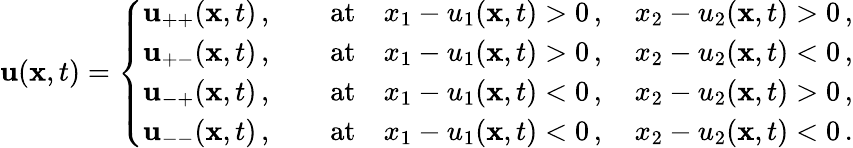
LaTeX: {\mathbf{u}}({\mathbf{x}},t)=\left\{ \begin{array}{c}{{\mathbf{u}}_{++}({\mathbf{x}},t)\, ,\qquad\mathrm{at}\quad x_{1}-u_{1}({\mathbf{x}},t)>0\, ,\quad x_{2}-u_{2}({\mathbf{x}},t)>0\, ,}\\ {{\mathbf{u}}_{+-}({\mathbf{x}},t)\, ,\qquad\mathrm{at}\quad x_{1}-u_{1}({\mathbf{x}},t)>0\, ,\quad x_{2}-u_{2}({\mathbf{x}},t)<0\, ,}\\ {{\mathbf{u}}_{-+}({\mathbf{x}},t)\, ,\qquad\mathrm{at}\quad x_{1}-u_{1}({\mathbf{x}},t)<0\, ,\quad x_{2}-u_{2}({\mathbf{x}},t)>0\, ,}\\ {{\mathbf{u}}_{--}({\mathbf{x}},t)\, ,\qquad\mathrm{at}\quad x_{1}-u_{1}({\mathbf{x}},t)<0\, ,\quad x_{2}-u_{2}({\mathbf{x}},t)<0\, .}\end{array}\right.